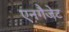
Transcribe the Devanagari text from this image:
एनगैजेट